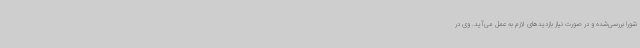
شورا بررسی‌شده و در صورت نیاز بازدیدهای لازم به عمل می‌آید. وی در